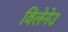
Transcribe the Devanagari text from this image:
विलेनेउ